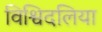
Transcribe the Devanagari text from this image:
विश्विदलिया